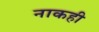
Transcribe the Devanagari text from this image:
नाकही